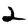
Digit: 2